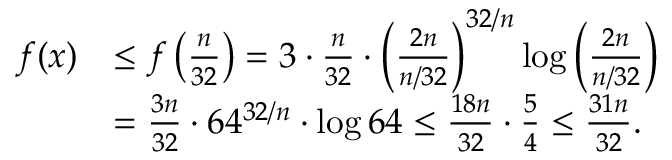
\begin{array} { r l } { f ( x ) } & { \leq f \left( \frac { n } { 3 2 } \right) = 3 \cdot \frac { n } { 3 2 } \cdot \left( \frac { 2 n } { n / 3 2 } \right) ^ { 3 2 / n } \log { \left( \frac { 2 n } { n / 3 2 } \right) } } \\ & { = \frac { 3 n } { 3 2 } \cdot 6 4 ^ { 3 2 / n } \cdot \log { 6 4 } \leq \frac { 1 8 n } { 3 2 } \cdot \frac 5 4 \leq \frac { 3 1 n } { 3 2 } . } \end{array}